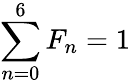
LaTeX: \sum_{n=0}^{6}F_{n}=1